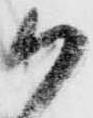
か